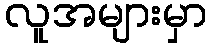
လူအများမှာ